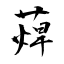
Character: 蔊